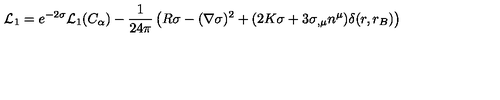
{ \cal L } _ { 1 } = e ^ { - 2 \sigma } { \cal L } _ { 1 } ( C _ { \alpha } ) - { \frac { 1 } { 2 4 \pi } } \left( R \sigma - ( \nabla \sigma ) ^ { 2 } + ( 2 K \sigma + 3 \sigma _ { , \mu } n ^ { \mu } ) \delta ( r , r _ { B } ) \right)